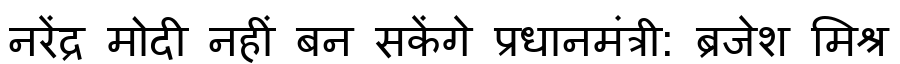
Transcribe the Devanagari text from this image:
नरेंद्र मोदी नहीं बन सकेंगे प्रधानमंत्री: ब्रजेश मिश्र